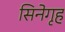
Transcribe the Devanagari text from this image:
सिनेगृह